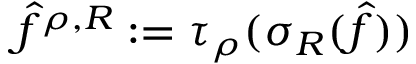
\hat { f } ^ { { \boldsymbol \rho } , R } : = \tau _ { \boldsymbol \rho } ( \sigma _ { R } ( \hat { f } ) )